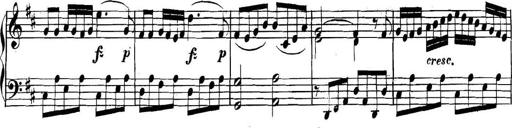
Title: Collected Piano Sonatas
Composer: Muzio Clementi